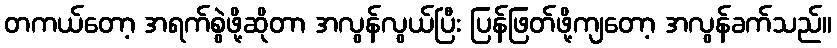
တကယ်တော့ အရက်စွဲဖို့ဆိုတာ အလွန်လွယ်ပြီး ပြန်ဖြတ်ဖို့ကျတော့ အလွန်ခက်သည်။